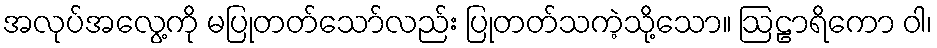
အလုပ်အလွေ့ကို မပြုတတ်သော်လည်း ပြုတတ်သကဲ့သို့သော။ ဩဠာရိကော ဝါ၊